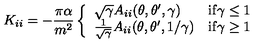
K _ { i i } = - \frac { \pi \alpha } { m ^ { 2 } } \left\{ \begin{array} { l l } { \sqrt { \gamma } A _ { i i } ( \theta , \theta ^ { \prime } , \gamma ) } & { \mathrm { i f \gamma \leq 1 } } \\ { { \frac { 1 } { \sqrt \gamma } } A _ { i i } ( \theta , \theta ^ { \prime } , 1 / \gamma ) } & { \mathrm { i f \gamma \geq 1 } } \\ \end{array} \right.